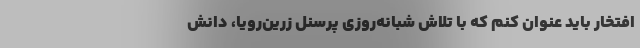
افتخار باید عنوان کنم که با تلاش شبانه‌روزی پرسنل زرین‌رویا، دانش